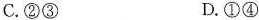
C.②③ D.①④